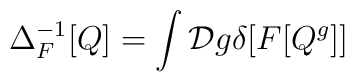
\Delta_F^{-1}[Q]  =  \int {\cal D} g \delta[F[Q^g]]